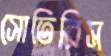
সোতিরিস